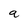
Character: a